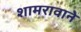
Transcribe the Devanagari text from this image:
शामरावाने